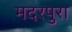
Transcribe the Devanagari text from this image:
मदरपुरा